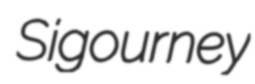
Sigourney